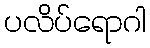
ပလိပ်ရောဂါ